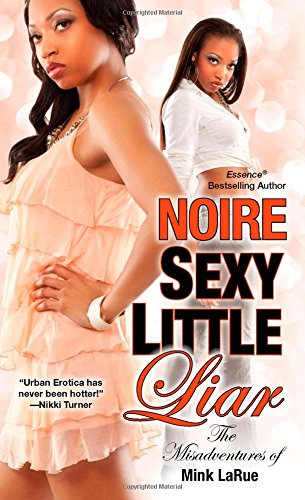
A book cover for Sexy Little Liar (Misadventures of Mink LaRue); Noire; Romance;